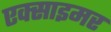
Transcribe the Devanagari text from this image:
एक्‍साइमर